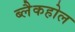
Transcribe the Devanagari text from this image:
ब्लैकहोल